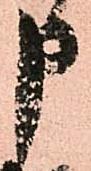
申